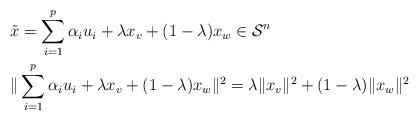
LaTeX: \begin{align*}&\Tilde{x}=\sum\limits_{i=1}^p\alpha_iu_i+\lambda x_v+(1-\lambda)x_w\in\mathcal{S}^n\\ &\|\sum\limits_{i=1}^p\alpha_iu_i+\lambda x_v+(1-\lambda)x_w\|^2=\lambda \|x_v\|^2 + (1-\lambda)\|x_w\|^2\end{align*}